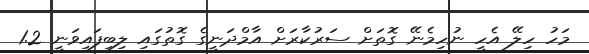
މަހު ހިލޭ އެހީ ނުހިމެނޭ ގޮތަށް ސަރުކާރަށް އާމްދަނީގެ ގޮތުގައި ލިބިފައިވަނީ 1.2